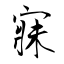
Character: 寐